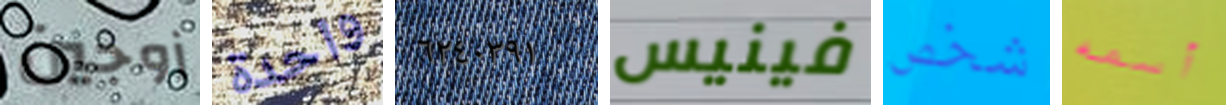
زوجين واحدة ٦٢٤٠٣٩١ فينيس شخص أسمه